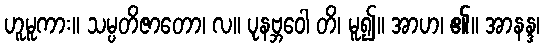
ဟူမူကား။ သမ္ပတိဇာတော၊ လ။ ပုနဗ္ဘဝေါ တိ၊ မူ၍။ အာဟ၊ ၏။ အာနန္ဒ၊